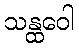
သန္ထဝေါ